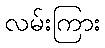
လမ်းကြား